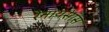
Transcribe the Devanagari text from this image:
रेनायसांस